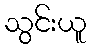
သွင်းယူ